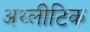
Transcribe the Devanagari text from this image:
अथ्लीटिक